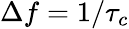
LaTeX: \Delta f=1/\tau_{c}